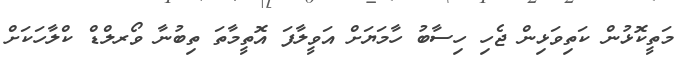
މަތީކޮޅުން ކަތިވަޅިން ޖެހި ހިސާބު ހާމަޔަށް އަވީލާފަ އޮތީމާތަ ތިބުނާ ވޯރލްޑް ކްލާހަކަށް